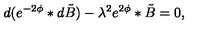
d ( e ^ { - 2 \phi } * d \tilde { B } ) - { \lambda } ^ { 2 } e ^ { 2 \phi } * \tilde { B } = 0 ,